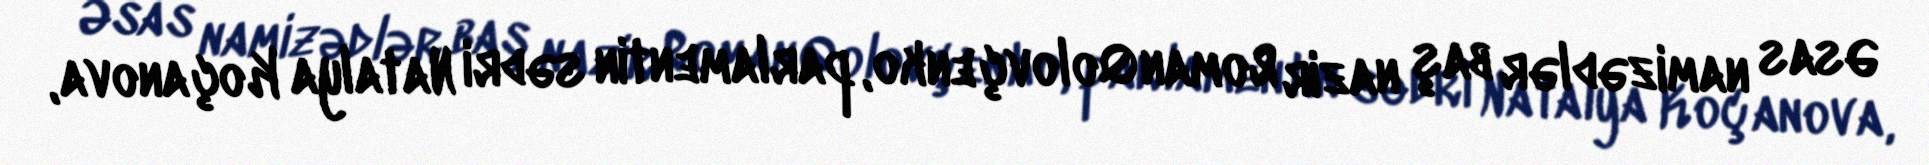
Əsas namizədlər baş nazir Roman Qolovçenko, parlamentin sədri Natalya Koçanova,